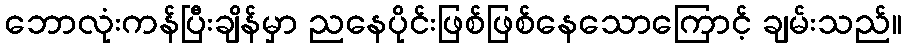
ဘောလုံးကန်ပြီးချိန်မှာ ညနေပိုင်းဖြစ်ဖြစ်နေသောကြောင့် ချမ်းသည်။